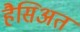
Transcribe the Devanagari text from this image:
हैसिअत